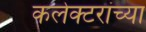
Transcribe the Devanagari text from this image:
कलेक्टरांच्या